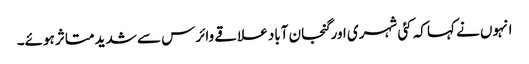
انہوں نے کہا کہ کئی شہری اور گنجان آباد علاقے وائرس سے شدید متاثر ہوئے۔